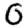
Digit: 0